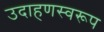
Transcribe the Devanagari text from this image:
उदाहणस्वरूप